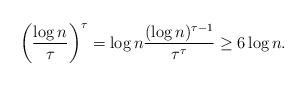
LaTeX: \begin{align*}\left(\frac{\log n}{\tau}\right)^{\tau} = \log n \frac{(\log n)^{\tau -1}}{\tau^\tau} \geq 6 \log n.\end{align*}